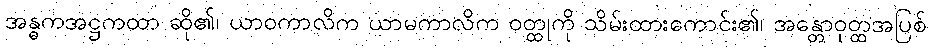
အန္ဓကအဋ္ဌကထာ ဆို၏၊ ယာဝကာလိက ယာမကာလိက ဝတ္ထုကို သိမ်းထားကောင်း၏၊ အန္တောဝုတ္ထအပြစ်